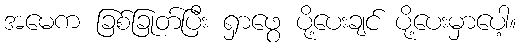
အမေက ခြစ်ခြုတ်ပြီး ရှာဖွေ ပို့ပေးချင် ပို့ပေးမှာပေါ့။